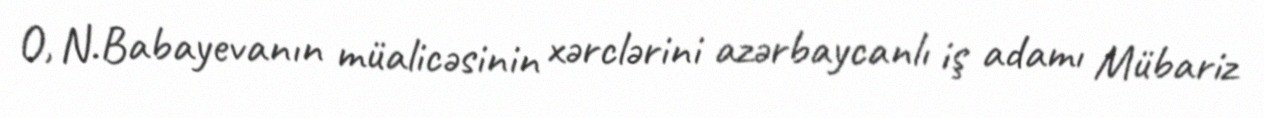
O, N.Babayevanın müalicəsinin xərclərini azərbaycanlı iş adamı Mübariz